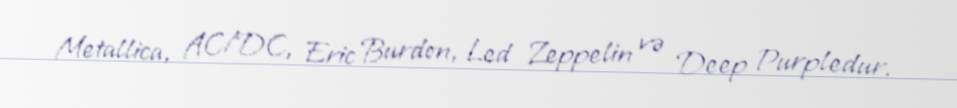
Metallica, AC/DC, Eric Burdon, Led Zeppelin və Deep Purpledur.